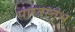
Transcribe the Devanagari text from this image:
पारदस्तंभ